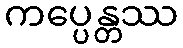
ကပ္ပေန္တဿ